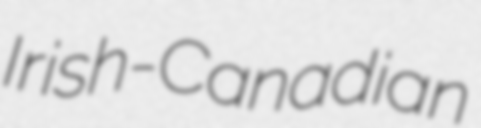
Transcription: Irish-Canadian